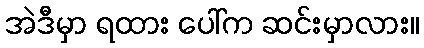
အဲဒီမှာ ရထား ပေါ်က ဆင်းမှာလား။